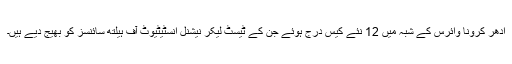
ادھر کرونا وائرس کے شبہ میں 12 نئے کیس درج ہوئے جن کے ٹیسٹ لیکر نیشنل انسٹیٹیوٹ آف ہیلتھ سائنسز کو بھیج دیے ہیں۔